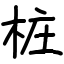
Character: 桩